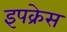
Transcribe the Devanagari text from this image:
इपक्रेस